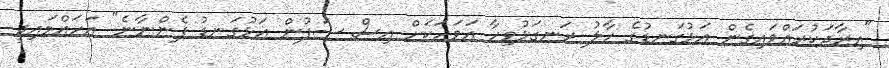
"އިރާދަކުރައްވައިގެން އަޅުގަނޑުގެ ހާލު ރަނގަޅުވިހާ އަވަހަކަށް އިސް ސަފުން އަޅުގަނޑު ފެންނާނެ" އަހައްމައިދީ